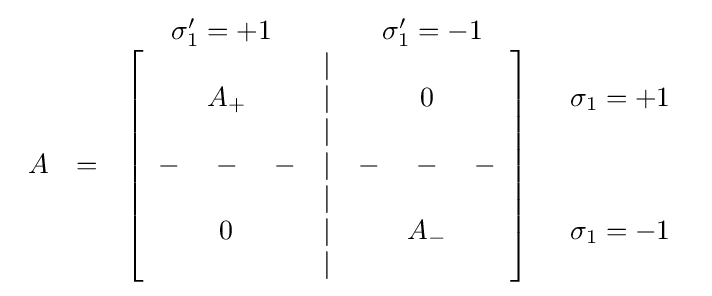
{\begin{array}{cccc}&&{\begin{array}{ccccc}\sigma _{1}'=+1&&&&\sigma _{1}'=-1\end{array}}\\A&=&\left[{\begin{array}{ccccccc}&&&|\\&A_{+}&&|&&0\\&&&|\\-&-&-&|&-&-&-\\&&&|\\&0&&|&&A_{-}\\&&&|\end{array}}\right]&{\begin{array}{c}\sigma _{1}=+1\\\\\\\\\sigma _{1}=-1\end{array}}\end{array}}